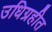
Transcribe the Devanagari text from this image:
उधिग्रहीत